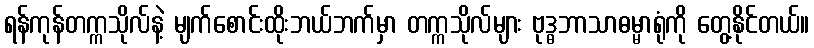
ရန်ကုန်တက္ကသိုလ်နဲ့ မျက်စောင်းထိုးဘယ်ဘက်မှာ တက္ကသိုလ်များ ဗုဒ္ဓဘာသာဓမ္မာရုံကို တွေ့နိုင်တယ်။